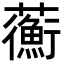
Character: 𧄇